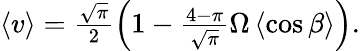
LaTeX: \begin{array}{r}{\left\langle v\right\rangle=\frac{\sqrt{\pi}}{2}\left(1-\frac{4-\pi}{\sqrt{\pi}}\Omega\left\langle\cos\beta\right\rangle\right).}\end{array}